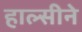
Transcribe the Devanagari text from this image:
हाल्सीने